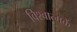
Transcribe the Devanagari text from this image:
विश्वात्मकें